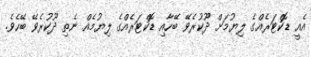
އެއީ ޑޮކްޓަރެއްގެ ލިޔުމަށް ދޫކުރެވޭ ބޭހާއި ޑޮކްޓަރެއްގެ ލިޔުމެއް ނެތި ދޫކުރެވޭ ބޭހެވެ.